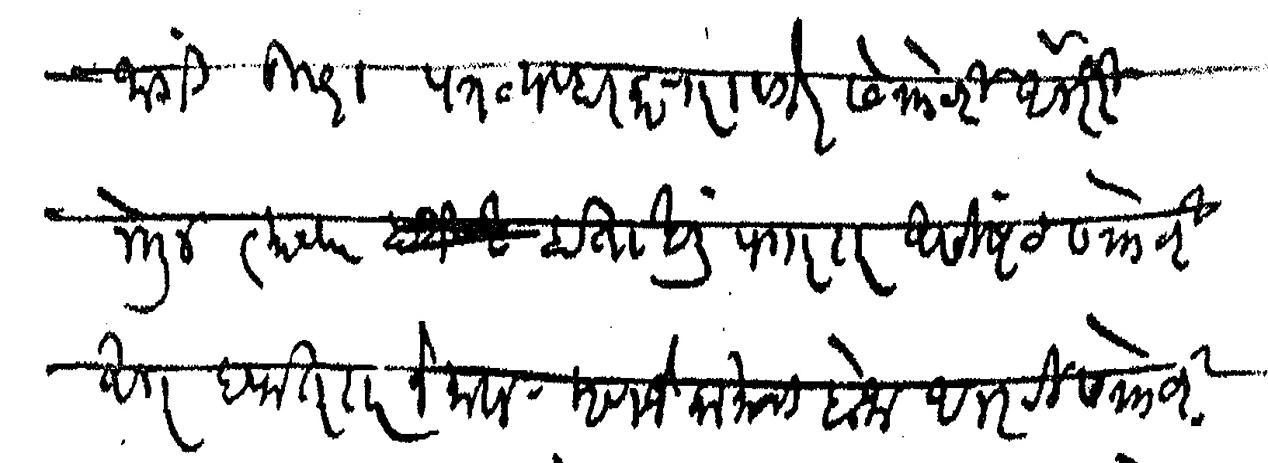
Transliteration (Devanagari): जागी दुसरा पत्रव्यवहार करणारा वगैरे सेक्रेटरी ऑनररी नेमून त्याच्या हाताखाली पगारदार असिष्टंट सक्रेटरी अगर दफतरदार नेमावा म्हणजे कामाचा बोजा आनररी सक्रेटरी